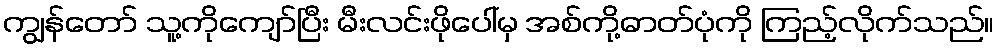
ကျွန်တော် သူ့ကိုကျော်ပြီး မီးလင်းဖိုပေါ်မှ အစ်ကို့ဓာတ်ပုံကို ကြည့်လိုက်သည်။